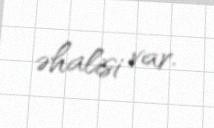
əhalisi var.